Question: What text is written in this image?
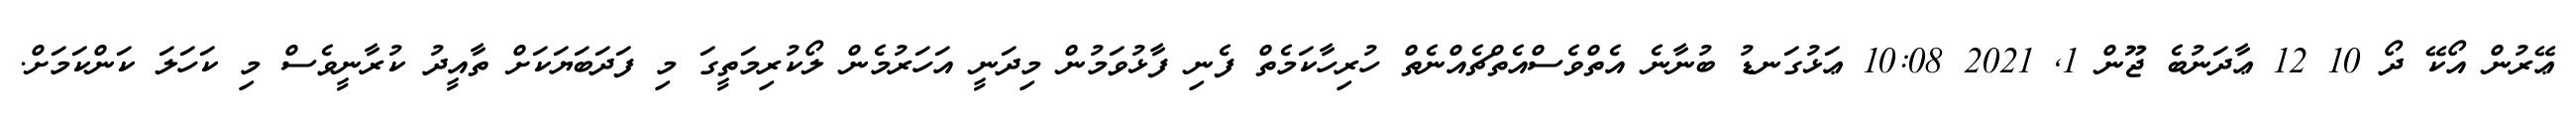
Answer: ޢޭރުން އޯކޭ ދޯ 10 12 ޢާދަނުބެ ޖޫން 1, 2021 10:08 ޢަޅުގަނޑު ބުނާނެ އެތްވެސްއެތްޗެއްނެތް ހުރިހާކަމެތް ފެނި ފާޅުވަމުން މިދަނީ އަހަރުމެން ލޯކުރިމަތީގަ މި ފަދަބަޔަކަށް ތާއީދު ކުރާނީވެސް މި ކަހަލަ ކަންކަމަށް.